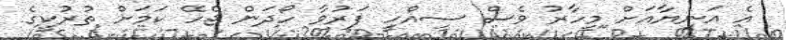
އެ އަނިޔާއަށް މިހާރު ވެސް ސިއްހީ ފަރުވާ ހޯދަން ޖެހޭ ކަމަށް ތުރުކީގެ